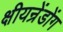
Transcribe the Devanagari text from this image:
क्षीयन्रेंडोंग